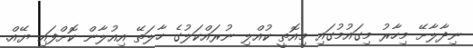
ނިދާލާށޭ މިހާރު މިގައުމުގައި މިއޮތީ ކުއްލި ނުރައްކަލުގެ ހާލަތޭ އިއުލާން ކޮށްފައި ޔޭއް.